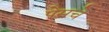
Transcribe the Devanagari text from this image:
पेसचे